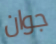
جوان